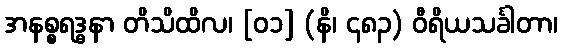
အနစ္စရဒ္ဓနာ တိသိထိလ၊ [၀၁] (နိ၊ ၄၈၃) ဝီရိယသင်္ခါတာ၊